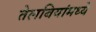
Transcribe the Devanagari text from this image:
तेलबियांमध्ये